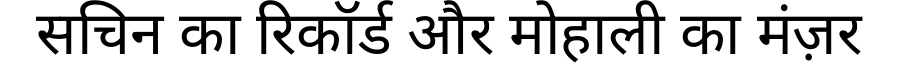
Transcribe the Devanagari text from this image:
सचिन का रिकॉर्ड और मोहाली का मंज़र